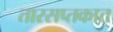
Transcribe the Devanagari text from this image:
तारसप्तकात